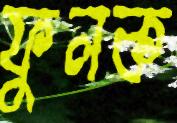
ফুলক